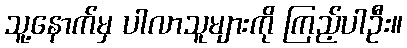
သူ့နောက်မှ ပါလာသူများကို ကြည့်ပါဦး။